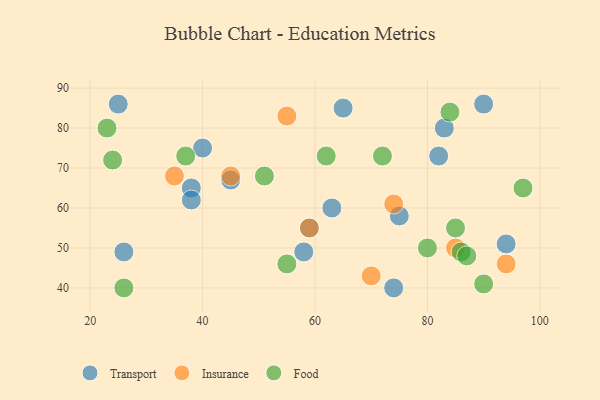
{"axis": {"x": "GDP", "y": "Life Expectancy"}, "legend": ["Food", "Insurance", "Transport"], "data": [{"x": "75", "y": 58, "type": "Transport"}, {"x": "83", "y": 80, "type": "Transport"}, {"x": "74", "y": 40, "type": "Transport"}, {"x": "38", "y": 65, "type": "Transport"}, {"x": "38", "y": 62, "type": "Transport"}, {"x": "45", "y": 67, "type": "Transport"}, {"x": "26", "y": 49, "type": "Transport"}, {"x": "25", "y": 86, "type": "Transport"}, {"x": "59", "y": 55, "type": "Transport"}, {"x": "90", "y": 86, "type": "Transport"}, {"x": "82", "y": 73, "type": "Transport"}, {"x": "94", "y": 51, "type": "Transport"}, {"x": "63", "y": 60, "type": "Transport"}, {"x": "65", "y": 85, "type": "Transport"}, {"x": "58", "y": 49, "type": "Transport"}, {"x": "40", "y": 75, "type": "Transport"}, {"x": "55", "y": 83, "type": "Insurance"}, {"x": "45", "y": 68, "type": "Insurance"}, {"x": "35", "y": 68, "type": "Insurance"}, {"x": "94", "y": 46, "type": "Insurance"}, {"x": "59", "y": 55, "type": "Insurance"}, {"x": "70", "y": 43, "type": "Insurance"}, {"x": "74", "y": 61, "type": "Insurance"}, {"x": "85", "y": 50, "type": "Insurance"}, {"x": "37", "y": 73, "type": "Food"}, {"x": "62", "y": 73, "type": "Food"}, {"x": "90", "y": 41, "type": "Food"}, {"x": "24", "y": 72, "type": "Food"}, {"x": "80", "y": 50, "type": "Food"}, {"x": "55", "y": 46, "type": "Food"}, {"x": "86", "y": 49, "type": "Food"}, {"x": "97", "y": 65, "type": "Food"}, {"x": "51", "y": 68, "type": "Food"}, {"x": "85", "y": 55, "type": "Food"}, {"x": "87", "y": 48, "type": "Food"}, {"x": "84", "y": 84, "type": "Food"}, {"x": "23", "y": 80, "type": "Food"}, {"x": "72", "y": 73, "type": "Food"}, {"x": "26", "y": 40, "type": "Food"}]}